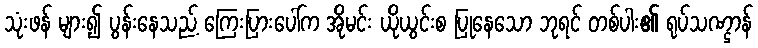
သုံးဖန် များ၍ ပွန်းနေသည့် ကြေးပြားပေါ်က အိုမင်း ယိုယွင်းစ ပြုနေသော ဘုရင် တစ်ပါး၏ ရုပ်သဏ္ဌာန်